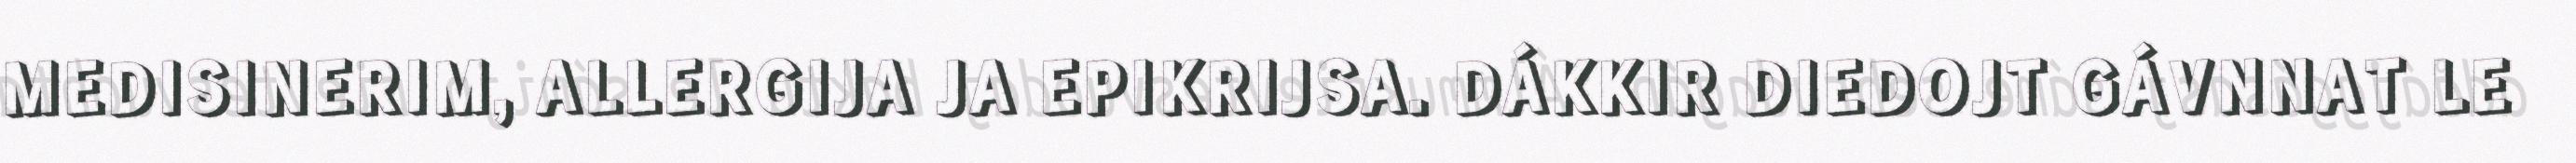
MEDISINERIM, ALLERGIJA JA EPIKRIJSA. DÁKKIR DIEDOJT GÁVNNAT LE